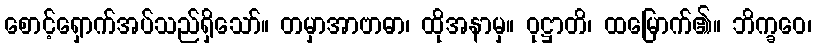
စောင့်ရှောက်အပ်သည်ရှိသော်။ တမှာအာဗာဓာ၊ ထိုအနာမှ။ ဝုဋ္ဌာတိ၊ ထမြောက်၏။ ဘိက္ခဝေ၊